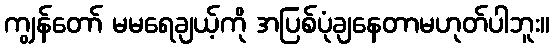
ကျွန်တော် မမရေချယ့်ကို အပြစ်ပုံချနေတာမဟုတ်ပါဘူး။